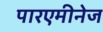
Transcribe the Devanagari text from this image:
पारएमीनेज